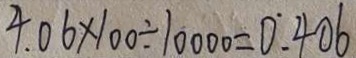
4 . 0 6 \times 1 0 0 \div 1 0 0 0 0 = 0 . 4 0 6